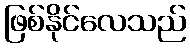
ဖြစ်နိုင်လေသည်